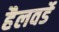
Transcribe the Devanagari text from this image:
हैलवर्डे